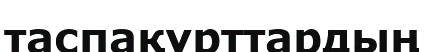
таспақұрттардың